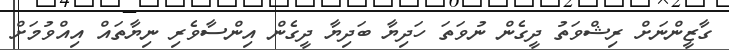
ގާޒީންނަށް ރިޝްވަތު ދީގެން ނުވަތަ ހަދިޔާ ބަދިޔާ ދީގެން އިންސާވެރި ނިޔާތައް އިއްވުމަށް